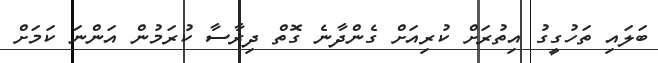
ބަލައި ތަހުގީގު އިތުރަށް ކުރިއަށް ގެންދާނެ ގޮތް ދިރާސާ ކުރަމުން އަންނަ ކަމަށް